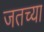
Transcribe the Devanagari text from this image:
जतच्या